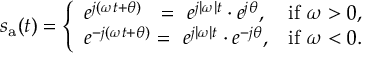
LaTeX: s _ { \mathrm { a } } ( t ) = { \left\{ \begin{array} { l l } { e ^ { j ( \omega t + \theta ) } \ \ = \ e ^ { j | \omega | t } \cdot e ^ { j \theta } , } & { { \mathrm { i f } } \ \omega > 0 , } \\ { e ^ { - j ( \omega t + \theta ) } = \ e ^ { j | \omega | t } \cdot e ^ { - j \theta } , } & { { \mathrm { i f } } \ \omega < 0 . } \end{array} \right. }